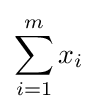
\sum _{i=1}^{m}x_{i}